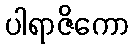
ပါရာဇိကော